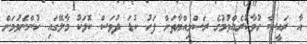
އާ ރައީސް ހުވާކުރެއްވުމުގެ ރަސްމިއްޔާތަށް ފަހު ކުޑަ ދުވަސް ކޮޅަކު މާލޭގައި ހުންނެވުމަށް